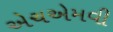
એચએમવી